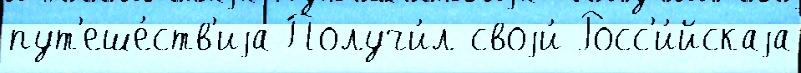
пут'еше́ств'иjа Получи́л своjи́ Росс'и́йскаjа